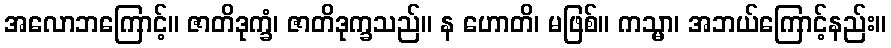
အလောဘကြောင့်။ ဇာတိဒုက္ခံ၊ ဇာတိဒုက္ခသည်။ န ဟောတိ၊ မဖြစ်။ ကသ္မာ၊ အဘယ်ကြောင့်နည်း။